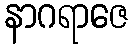
နာဂရာဇေ